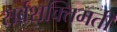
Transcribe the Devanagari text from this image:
सर्वशक्तिमती